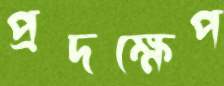
প্রদক্ষেপ